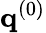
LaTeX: \mathbf{q}^{(0)}